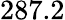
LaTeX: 287.2